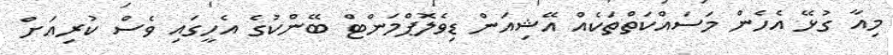
މިއާ ގުޅޭ އެހެން މަސައްކަތްތަކެއް އޭޝިއަން ޑިވެލޮޕްމަންޓް ބޭންކުގެ އެހީގައި ވެސް ކުރިއަށް